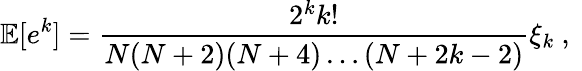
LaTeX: \mathbb{E}[e^{k}]=\frac{2^{k}k!}{N(N+2)(N+4)\dots(N+2k-2)}\xi_{k}\mathrm{~,~}